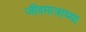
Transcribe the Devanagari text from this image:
जीवमात्राच्या